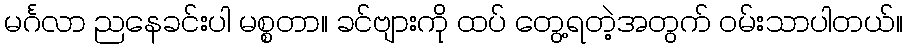
မင်္ဂလာ ညနေခင်းပါ မစ္စတာ။ ခင်ဗျားကို ထပ် တွေ့ရတဲ့အတွက် ဝမ်းသာပါတယ်။